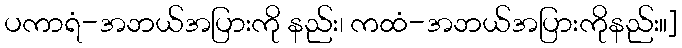
ပကာရံ-အဘယ်အပြားကို နည်း၊ ကထံ-အဘယ်အပြားကိုနည်း။]